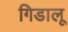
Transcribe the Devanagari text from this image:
गिडालू